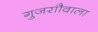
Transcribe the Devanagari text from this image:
गुजराौवाला